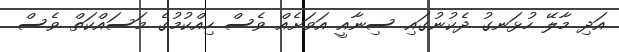
އަދި މާލޭ ހުޅަނގު ދެކުނުގައި ސިނާއީ އަވަށެއް ވެސް ހިއްކުމުގެ މަސައްކަތް ވެސް